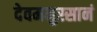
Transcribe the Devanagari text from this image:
देवमनुस्सानं